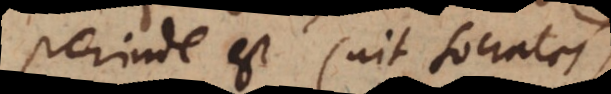
Perinde est (ait Socrates)